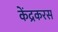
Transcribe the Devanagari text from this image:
केंद्रकरस